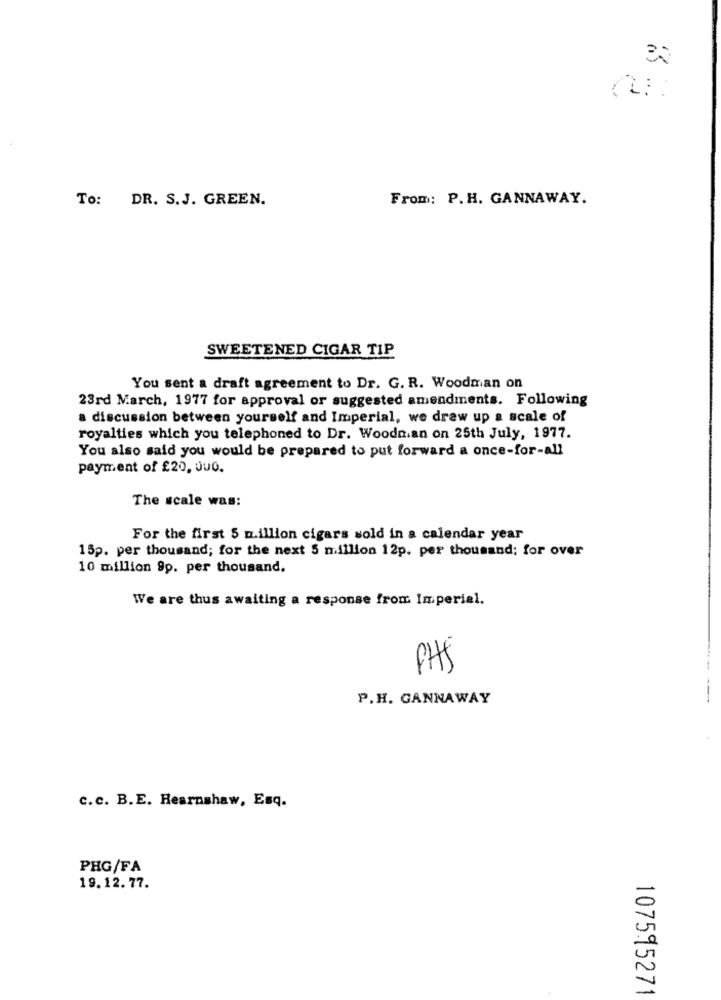
To:
DR. S.J. GREEN.
From: P.H. GANNAWAY.
SWEETENED CIGAR TIP
You sent a draft agreement to Dr. G. R. Woodman on
23rd March, 1977 for approval or suggested amendments. Following
a discussion between yourself and Imperial, we draw up a scale of
royalties which you telephoned to Dr. Woodman on 25th July, 1977.
You also said you would be prepared to put forward a once-for-all
payment of £20, JuG.
The scale was:
For the first 5 million cigars sold in a calendar year
15p. per thousand; for the next 5 million 12p. per thousand; for over
10 million 99. per thousand.
We are thus awaiting a response from Imperial.
PHS
P.H. GANNAWAY
c.c. B.E. Rearnshaw, Esq.
PHG/FA
19.12.77.
107595271